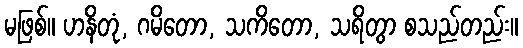
မဖြစ်။ ဟနိတုံ, ဂမိတော, သကိတော, သရိတွာ စသည်တည်း။